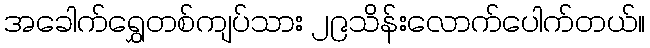
အခေါက်ရွှေတစ်ကျပ်သား ၂၉သိန်းလောက်ပေါက်တယ်။